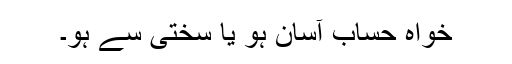
خواہ حساب آسان ہو یا سختی سے ہو۔